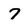
Character: 7